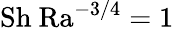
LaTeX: \mathrm{Sh\ Ra^{-3/4}=1}